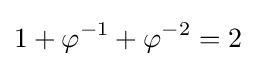
1+\varphi ^{-1}+\varphi ^{-2}=2